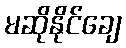
မဆိုနိုင်ချေ